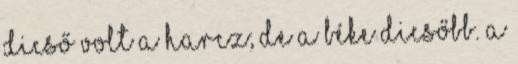
Dicső volt a harcz; de a béke dicsőbb. A